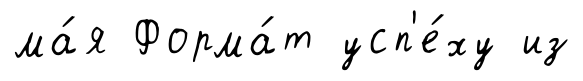
ма́я Форма́т усп'е́ху из